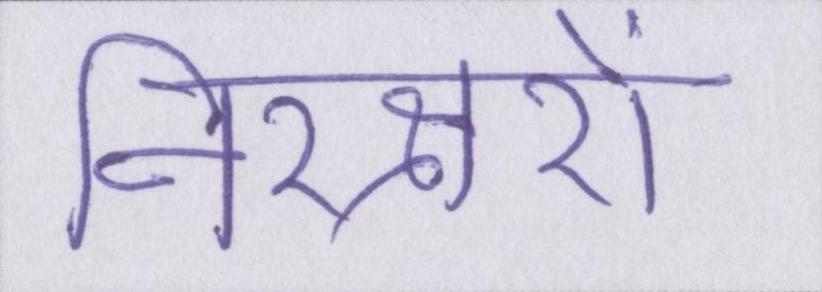
निरक्षरों